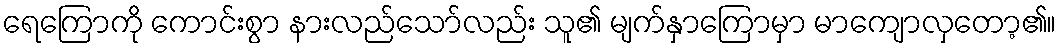
ရေကြောကို ကောင်းစွာ နားလည်သော်လည်း သူ၏ မျက်နှာကြောမှာ မာကျောလှတော့၏။